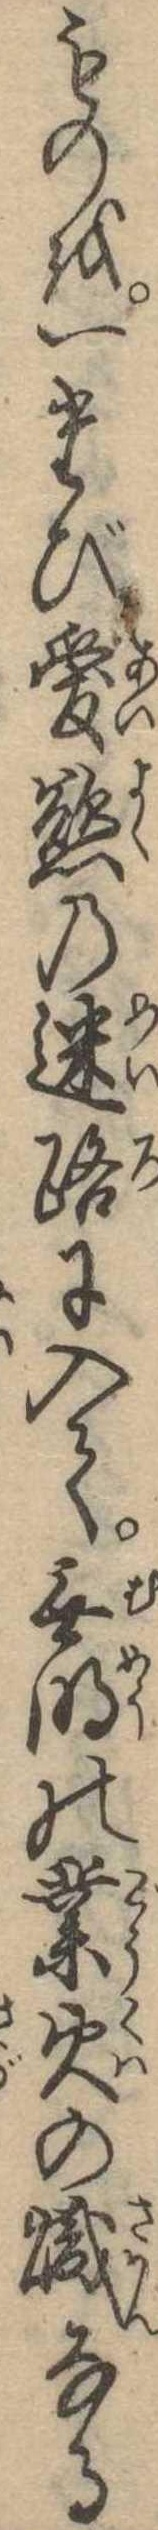
ものを一たび愛慾の迷路に入て無明の業火の熾なる